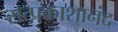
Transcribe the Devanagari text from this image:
सत्प्रकाशानंद